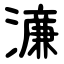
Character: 濓